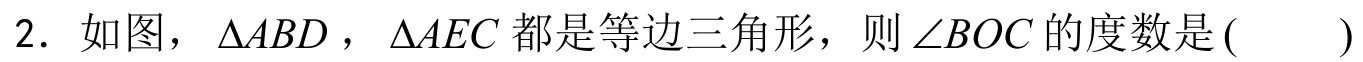
2. 如图，$\triangle ABD$，$\triangle AEC$ 都是等边三角形，则$\angle BOC$的度数是(  )